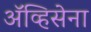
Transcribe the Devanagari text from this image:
ॲव्हिसेना